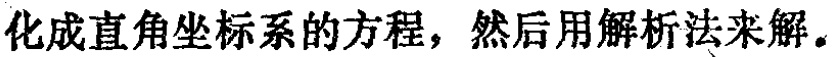
化成直角坐标系的方程，然后用解析法来解。